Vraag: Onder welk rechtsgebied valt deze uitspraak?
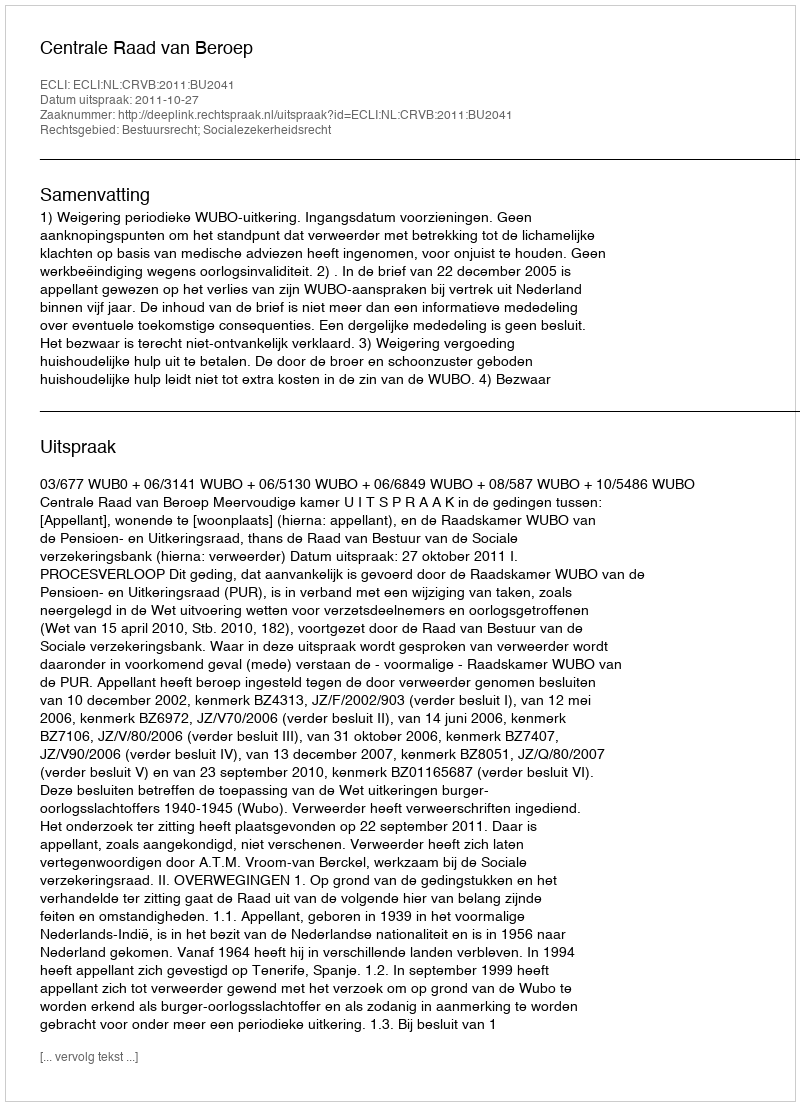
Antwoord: Bestuursrecht; Socialezekerheidsrecht